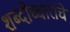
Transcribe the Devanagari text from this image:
शब्दोच्चारांचे